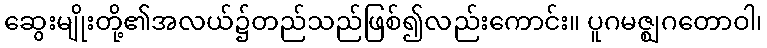
ဆွေးမျိုးတို့၏အလယ်၌တည်သည်ဖြစ်၍လည်းကောင်း။ ပူဂမဇ္ဈဂတောဝါ၊